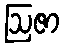
ဩဇာ